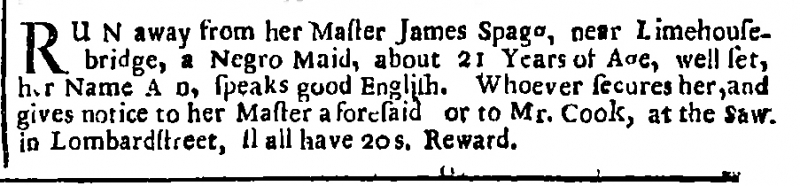
London Gazette, 29 January 1712 (England)
RUN away from her Master James Spag[g], near Limehouse-bridge, a Negro Maid, about 21 Years of Age, well set, her Name A[]n, speaks good English. Whoever secures her, and gives notice to her Master aforesaid or to Mr. Cook, at the Saw. in Lombardstreet, shall have 20 s. Reward.